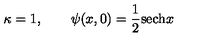
\kappa = 1 , \qquad \psi ( x , 0 ) = { \frac { 1 } { 2 } } \mathrm { s e c h } x